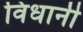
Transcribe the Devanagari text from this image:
विधानी